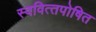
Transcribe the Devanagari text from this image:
स्‍ववित्‍तपोषित